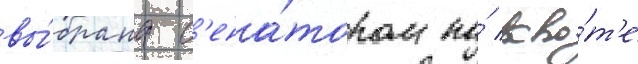
вы́брана с'ена́тором по́ кво́т'е